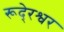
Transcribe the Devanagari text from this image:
रूदे्रश्वर